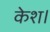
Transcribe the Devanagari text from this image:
केश।